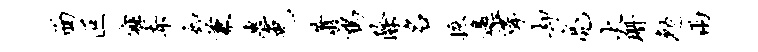
面叵寐赤如兼惠免萧鹑除名摭邀挲却亮火珊勉两